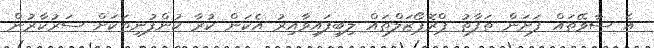
އެ ސާވޭތައް ފަށަން ތަފާތު ޕްރޮޕޯޒަލްތައް ލިބިފައިވާއިރު އެކަން ކުރާ ކުންފުނިތަކަށް ސަރުކާރުން